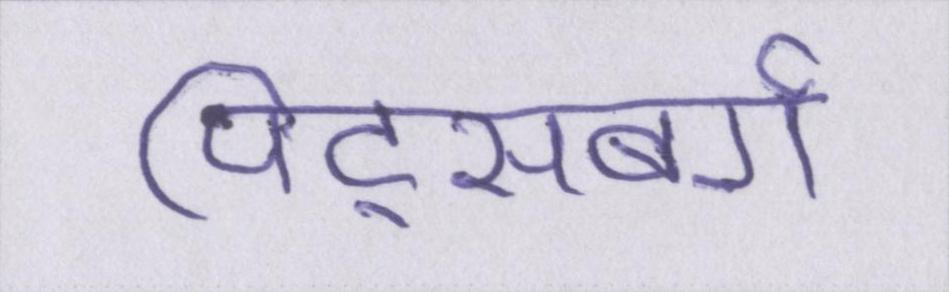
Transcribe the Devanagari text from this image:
पिट्सबर्ग